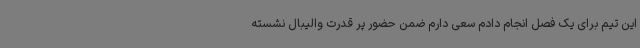
این تیم برای یک فصل انجام دادم سعی دارم ضمن حضور پر قدرت والیبال نشسته